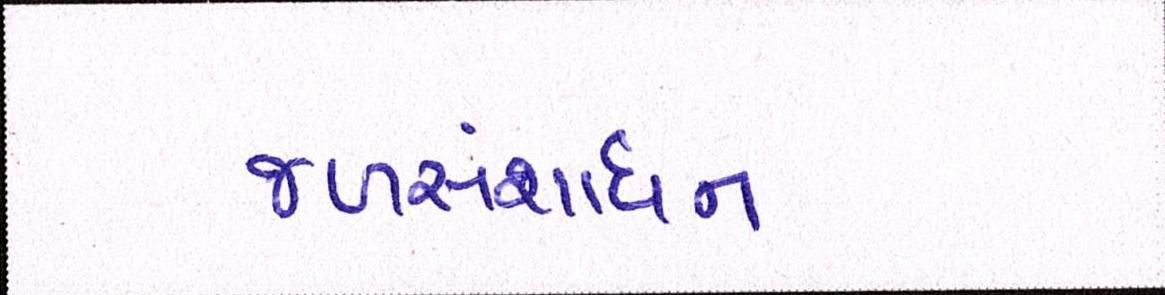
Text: જળસંશાધન